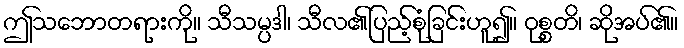
ဤသဘောတရားကို။ သီသမ္ပဒါ၊ သီလ၏ပြည့်စုံခြင်းဟူ၍။ ဝုစ္စတိ၊ ဆိုအပ်၏။